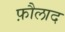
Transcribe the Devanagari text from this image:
फ़ौलाद